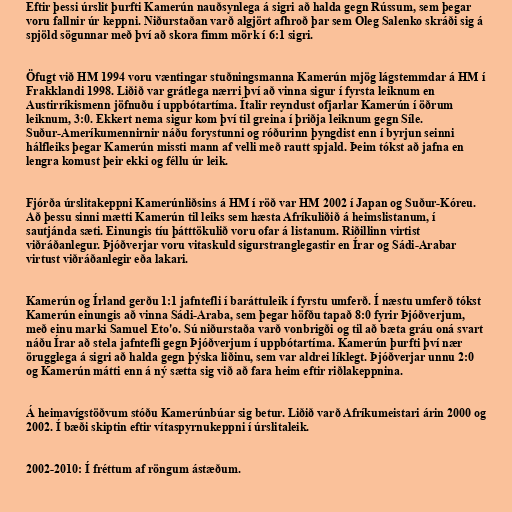
Eftir þessi úrslit þurfti Kamerún nauðsynlega á sigri að halda gegn Rússum, sem þegar
voru fallnir úr keppni. Niðurstaðan varð algjört afhroð þar sem Oleg Salenko skráði sig á
spjöld sögunnar með því að skora fimm mörk í 6:1 sigri.

Öfugt við HM 1994 voru væntingar stuðningsmanna Kamerún mjög lágstemmdar á HM í
Frakklandi 1998. Liðið var grátlega nærri því að vinna sigur í fyrsta leiknum en
Austirríkismenn jöfnuðu í uppbótartíma. Ítalir reyndust ofjarlar Kamerún í öðrum
leiknum, 3:0. Ekkert nema sigur kom því til greina í þriðja leiknum gegn Síle.
Suður-Ameríkumennirnir náðu forystunni og róðurinn þyngdist enn í byrjun seinni
hálfleiks þegar Kamerún missti mann af velli með rautt spjald. Þeim tókst að jafna en
lengra komust þeir ekki og féllu úr leik.

Fjórða úrslitakeppni Kamerúnliðsins á HM í röð var HM 2002 í Japan og Suður-Kóreu.
Að þessu sinni mætti Kamerún til leiks sem hæsta Afríkuliðið á heimslistanum, í
sautjánda sæti. Einungis tíu þátttökulið voru ofar á listanum. Riðillinn virtist
viðráðanlegur. Þjóðverjar voru vitaskuld sigurstranglegastir en Írar og Sádi-Arabar
virtust viðráðanlegir eða lakari.

Kamerún og Írland gerðu 1:1 jafntefli í baráttuleik í fyrstu umferð. Í næstu umferð tókst
Kamerún einungis að vinna Sádi-Araba, sem þegar höfðu tapað 8:0 fyrir Þjóðverjum,
með einu marki Samuel Eto'o. Sú niðurstaða varð vonbrigði og til að bæta gráu oná svart
náðu Írar að stela jafntefli gegn Þjóðverjum í uppbótartíma. Kamerún þurfti því nær
örugglega á sigri að halda gegn þýska liðinu, sem var aldrei líklegt. Þjóðverjar unnu 2:0
og Kamerún mátti enn á ný sætta sig við að fara heim eftir riðlakeppnina.

Á heimavígstöðvum stóðu Kamerúnbúar sig betur. Liðið varð Afríkumeistari árin 2000 og
2002. Í bæði skiptin eftir vítaspyrnukeppni í úrslitaleik.

2002-2010: Í fréttum af röngum ástæðum.